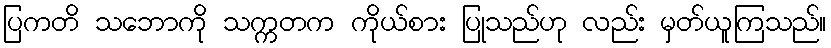
ပြကတိ သဘောကို သက္ကတက ကိုယ်စား ပြုသည်ဟု လည်း မှတ်ယူကြသည်။